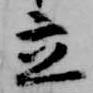
立